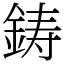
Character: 鋳